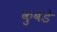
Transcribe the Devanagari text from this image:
कुबडे